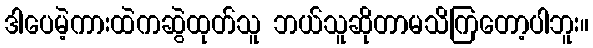
ဒါပေမဲ့ကားထဲကဆွဲထုတ်သူ ဘယ်သူဆိုတာမသိကြတော့ပါဘူး။